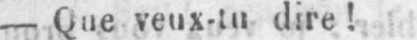
- Que veux-tu dire!